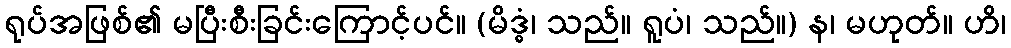
ရုပ်အဖြစ်၏ မပြီးစီးခြင်းကြောင့်ပင်။ (မိဒ္ဓံ၊ သည်။ ရူပံ၊ သည်။) န၊ မဟုတ်။ ဟိ၊